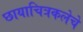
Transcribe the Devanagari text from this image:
छायाचित्रकलेचे